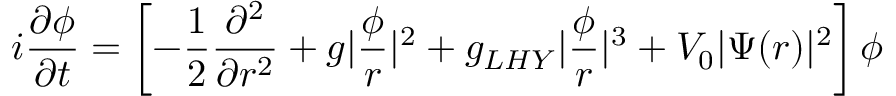
i \frac { \partial \phi } { \partial t } = \left[ - \frac { 1 } { 2 } \frac { \partial ^ { 2 } } { \partial r ^ { 2 } } + g | \frac { \phi } { r } | ^ { 2 } + g _ { L H Y } | \frac { \phi } { r } | ^ { 3 } + V _ { 0 } | \Psi ( r ) | ^ { 2 } \right] \phi